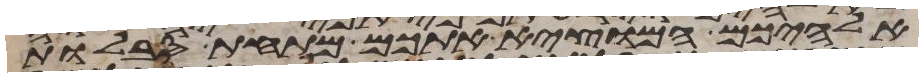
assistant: אלהיכם המוצא אתכם מתחת סבלות